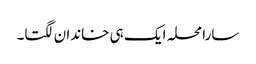
سارا محلہ ایک ہی خاندان لگتا۔